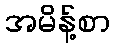
အမိန့်စာ